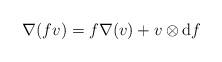
LaTeX: \begin{align*}\nabla (fv)=f\nabla (v)+v\otimes\mathrm{d}f\end{align*}